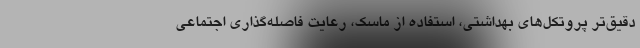
دقیق‌تر پروتکل‌های بهداشتی، استفاده از ماسک، رعایت فاصله‌گذاری اجتماعی